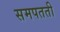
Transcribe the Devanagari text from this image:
समपतती